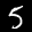
Label: 5